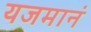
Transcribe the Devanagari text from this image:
यजमानं